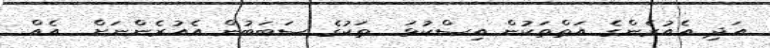
އަދި އެއުރެންގެ އަތްތަކުން އިސްކުޅަ  ތަކުގެ ސަބަބުން އެއުރެންނަށް  އެއް